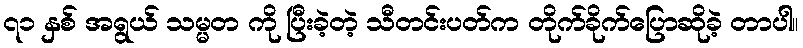
၇၁ နှစ် အရွယ် သမ္မတ ကို ပြီးခဲ့တဲ့ သီတင်းပတ်က တိုက်ခိုက်ပြောဆိုခဲ့ တာပါ။